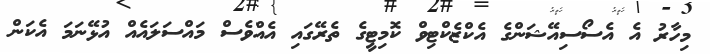
މިހާރު އެ އެސޯސިއޭޝަންގެ އެކްޒެކްޓިވް ކޮމިޓީގެ ތެރޭގައި އެއްވެސް މައްސަލައެއް އުޅޭނަމަ އެކަން